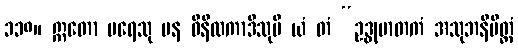
၁၁၈။ ဣတော ပရေသု ပန ဝိနီလကာဒီသုပိ ယံ တံ “ဥဒ္ဓုမာတကံ အသုဘနိမိတ္တံ